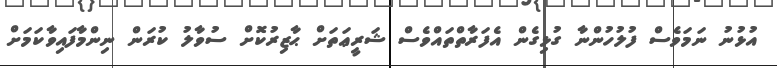
އުޅުނު ނަމަވެސް ފުލުހުންނާ ގުޅިގެން އެފަރާތްތައްވެސް ޝަރީޢަތަށް ޙާޒިރުކޮށް ސުވާލު ކުރަން ނިންމާފައިވާކަމަށް